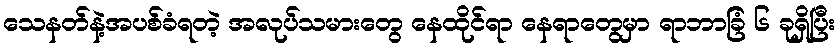
သေနတ်နဲ့အပစ်ခံရတဲ့ အလုပ်သမားတွေ နေထိုင်ရာ နေရာတွေမှာ ရာဘာခြံ ၆ ခုရှိပြီး